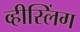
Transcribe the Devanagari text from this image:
व्हीस्लिंग